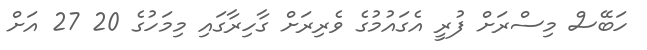
ހަބޭސް މިސްރަށް ފުރީ އެގައުމުގެ ވެރިރަށް ގާހިރާގައި މިމަހުގެ 20 27 އަށް